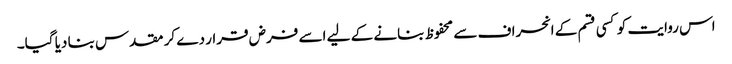
اس روایت کو کسی قسم کے انحراف سے محفوظ بنانے کے لیے اسے فرض قرار دے کر مقدس بنا دیا گیا۔